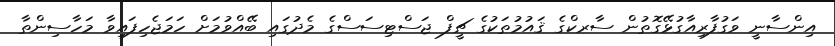
އިންސާނީ ވަގުފާރިއާގުޅޭގޮތުން ސާރކްގެ ޤައުމުތަކުގެ ޗީފް ޖަސްޓިސަސްގެ މެދުގައި ބޭއްވުމަށް ހަމަޖެހިފައިވާ މަހާސިންތާ